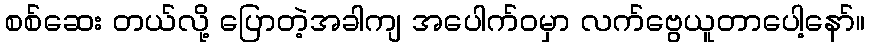
စစ်ဆေး တယ်လို့ ပြောတဲ့အခါကျ အပေါက်ဝမှာ လက်ဗွေယူတာပေါ့နော်။